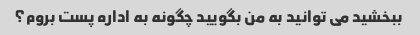
ببخشید می توانید به من بگویید چگونه به اداره پست بروم؟